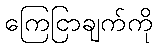
ကြေငြာချက်ကို